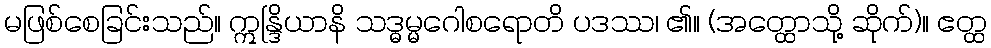
မဖြစ်စေခြင်းသည်။ ဣန္ဒြိယာနိ သဒ္ဓမ္မဂေါစရောတိ ပဒဿ၊ ၏။ (အတ္ထောသို့ ဆိုက်)။ ဧတ္ထ